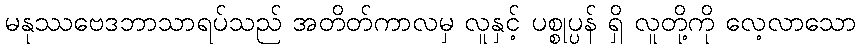
မနုဿဗေဒဘာသာရပ်သည် အတိတ်ကာလမှ လူနှင့် ပစ္စုပ္ပန် ရှိ လူတို့ကို လေ့လာသော